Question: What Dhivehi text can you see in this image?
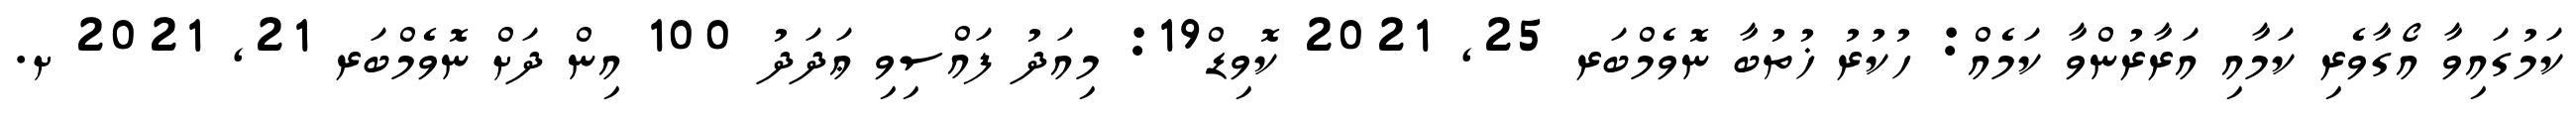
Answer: ކަމުގައިވާ އޯގާވެރި ކަމާއި އަރާރުންވާ ކަމެއް: ހުކުރު ޚުތުބާ ނޮވެމްބަރ 25, 2021 ކޮވިޑް19: މިއަދު ފައްސިވި ޢަދަދު 100 އިން ދަށް ނޮވެމްބަރ 21, 2021 ށ.